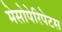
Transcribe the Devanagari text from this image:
मेसोपेरिपेटस